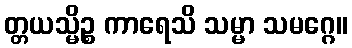
တ္တယသ္မိဉ္စ ကာရေသိ သမ္မာ သမဂ္ဂေ။